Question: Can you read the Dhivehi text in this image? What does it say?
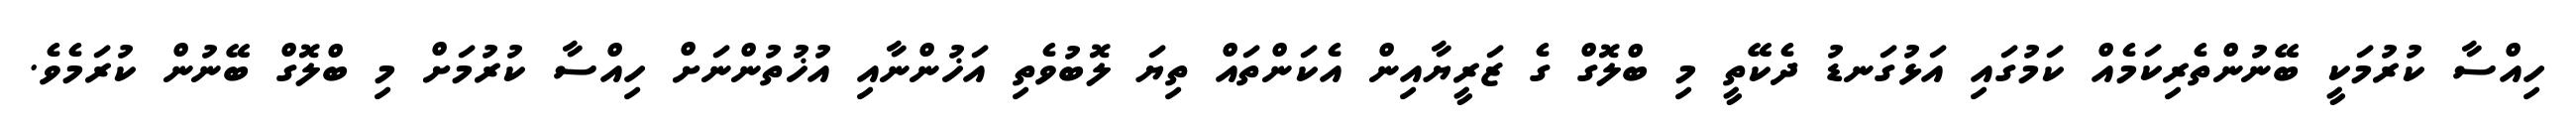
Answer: ހިއްސާ ކުރުމަކީ ބޭނުންތެރިކަމެއް ކަމުގައި އަޅުގަނޑު ދެކޭތީ މި ބްލޮގް ގެ ޒަރީޔާއިން އެކަންތައް ތިޔަ ލޮބުވެތި އަޚުންނާއި އުޚުތުންނަށް ހިއްސާ ކުރުމަށް މި ބްލޮގް ބޭނުން ކުރަމެވެ.